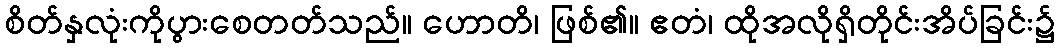
စိတ်နှလုံးကိုပွားစေတတ်သည်။ ဟောတိ၊ ဖြစ်၏။ ဧတံ၊ ထိုအလိုရှိတိုင်းအိပ်ခြင်း၌